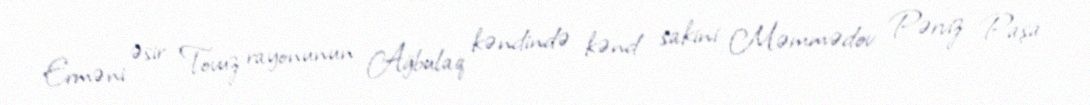
Erməni əsir Tovuz rayonunun Ağbulaq kəndində kənd sakini Məmmədov Pərviz Paşa